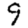
Digit: 9